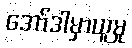
အော်ဒါမှာယူမှု